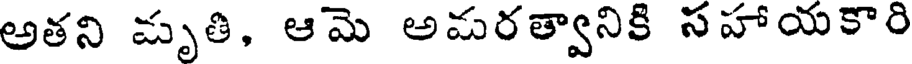
అతని మృతి, ఆమె అమరత్వానికి సహాయకారి